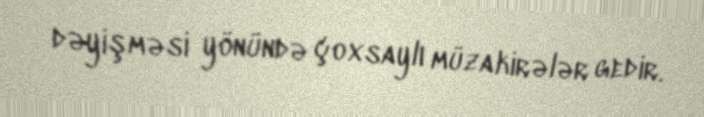
dəyişməsi yönündə çoxsaylı müzakirələr gedir.